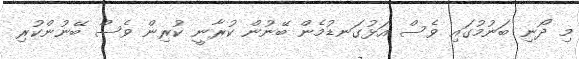
މި ދޯނި ބަނުމުގައި ވެސް އަޅުގަނޑުމެން ބޭނުން ކުރާނީ ކުރިން ވެސް ބޭނުންކުރި